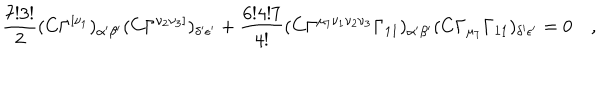
\frac { 7 ! 3 ! } { 2 } ( C \Gamma ^ { [ \nu _ { 1 } } ) _ { \alpha { ' } \beta { ' } } ( C \Gamma ^ { \nu _ { 2 } \nu _ { 3 } ] } ) _ { \delta { ' } \epsilon { ' } } + \frac { 6 ! 4 ! 7 } { 4 ! } ( C \Gamma ^ { \mu _ { 7 } \nu _ { 1 } \nu _ { 2 } \nu _ { 3 } } \Gamma _ { 1 1 } ) _ { \alpha { ' } \beta { ' } } ( C \Gamma _ { \mu _ { 7 } } \Gamma _ { 1 1 } ) _ { \delta { ' } \epsilon { ' } } = 0 \quad ,